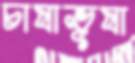
চাষাভূষা